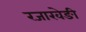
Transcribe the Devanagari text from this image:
रजाखेङी